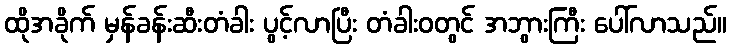
ထိုအခိုက် မှန်ခန်းဆီးတံခါး ပွင့်လာပြီး တံခါးဝတွင် အဘွားကြီး ပေါ်လာသည်။